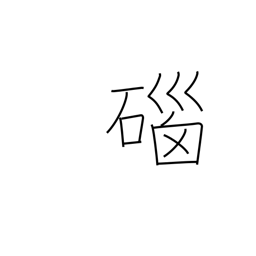
Meaning: agate